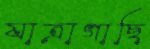
যাত্রাগাছি